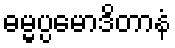
ဓမ္မပ္ပမောဒိတာနံ